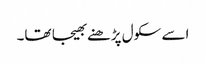
اسے سکول پڑھنے بھیجا تھا۔